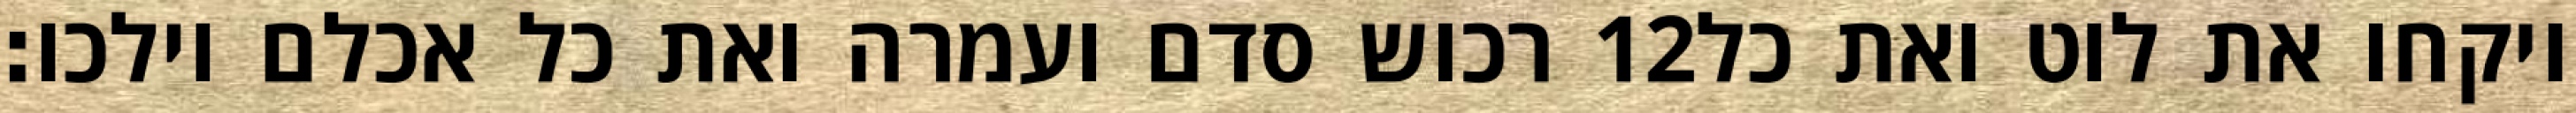
רכוש סדם ועמרה ואת כל אכלם וילכו׃ ‎12‏ ויקחו את לוט ואת כל